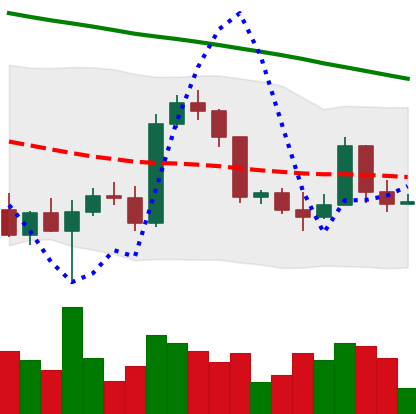
Ticker: BTC-USD
Chart end date: 2022-03-12
Forward return: 5.263%
Label: up_5_7